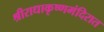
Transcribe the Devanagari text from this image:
श्रीराधाकृष्णमंदिरात